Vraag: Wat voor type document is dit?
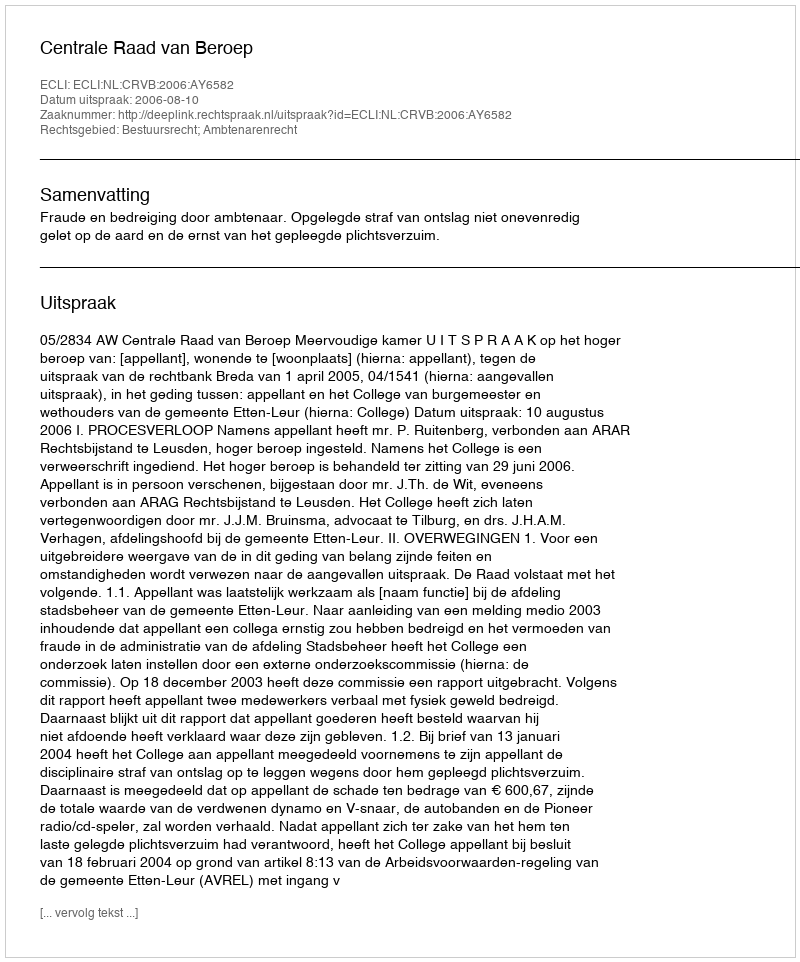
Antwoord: Uitspraak